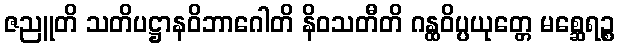
ဇညူတိ သတိပဋ္ဌာနဝိဘာဂေါတိ နိဝသတီတိ ဂန္ထဝိပ္ပယုတ္တေ မစ္ဆေရဉ္စ